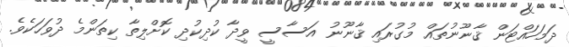
ދަމަހައްޓަން ޤާނޫނުތައް މުގުރައި ޤާނޫނު އަސާސީ ވީދާ ކުދިކުދި ކޮށްލިތާ ކިތަންމެ ދުވަހަކެވެ.